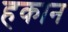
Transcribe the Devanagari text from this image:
हकान